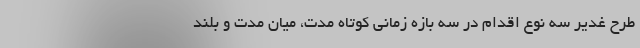
طرح غدیر سه نوع اقدام در سه بازه زمانی کوتاه مدت، میان مدت و بلند